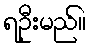
ရဦးမည်။